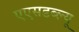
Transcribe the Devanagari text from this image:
एएसडब्ल्यू